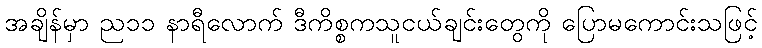
အချိန်မှာ ည၁၁ နာရီလောက် ဒီကိစ္စကသူငယ်ချင်းတွေကို ပြောမကောင်းသဖြင့်